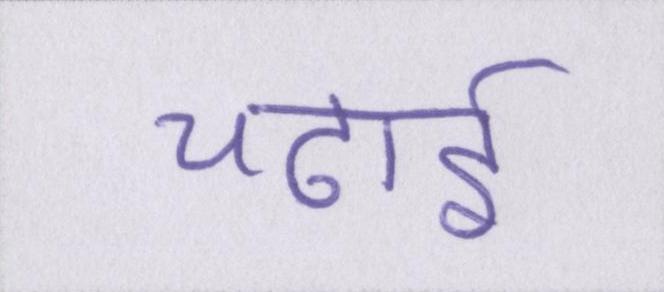
चढ़ाई